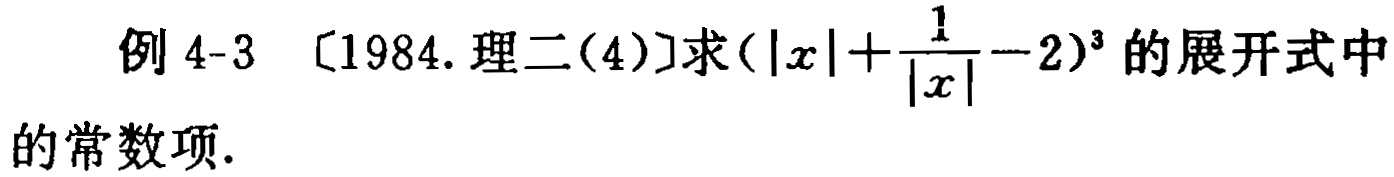
例 4-3 [1984.理二(4)]求$(|x|+\frac{1}{|x|}-2)^{3}$的展开式中的常数项.